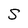
Character: S